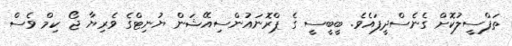
ތަފްސީލުކޮށް ގެނެސްދީފައެވެ. ބީބީސީ ގެ ޕްރޮނައުންސިއޭޝަން ޔުނިޓްގެ ވެރިޔާ ޖޯ ކިމް ވެސް